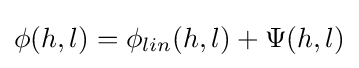
\phi (h,l)=\phi _{lin}(h,l)+\Psi (h,l)